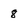
Character: 8